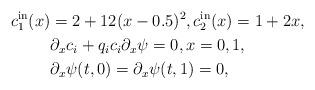
LaTeX: \begin{align*} c_1^{\rm in}(x)&=2+12(x-0.5)^2, c_2^{\rm in}(x)= 1+2x, \\& {\partial_x c_i} +q_ic_i {\partial_x \psi} =0,x=0, 1,\\& \partial_x\psi(t, 0)=\partial_x \psi(t, 1)=0,\end{align*}